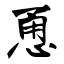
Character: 恿